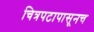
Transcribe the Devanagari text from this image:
चित्रपटापासूनच